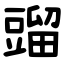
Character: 䝀